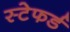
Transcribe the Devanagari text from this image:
स्टेफर्ड